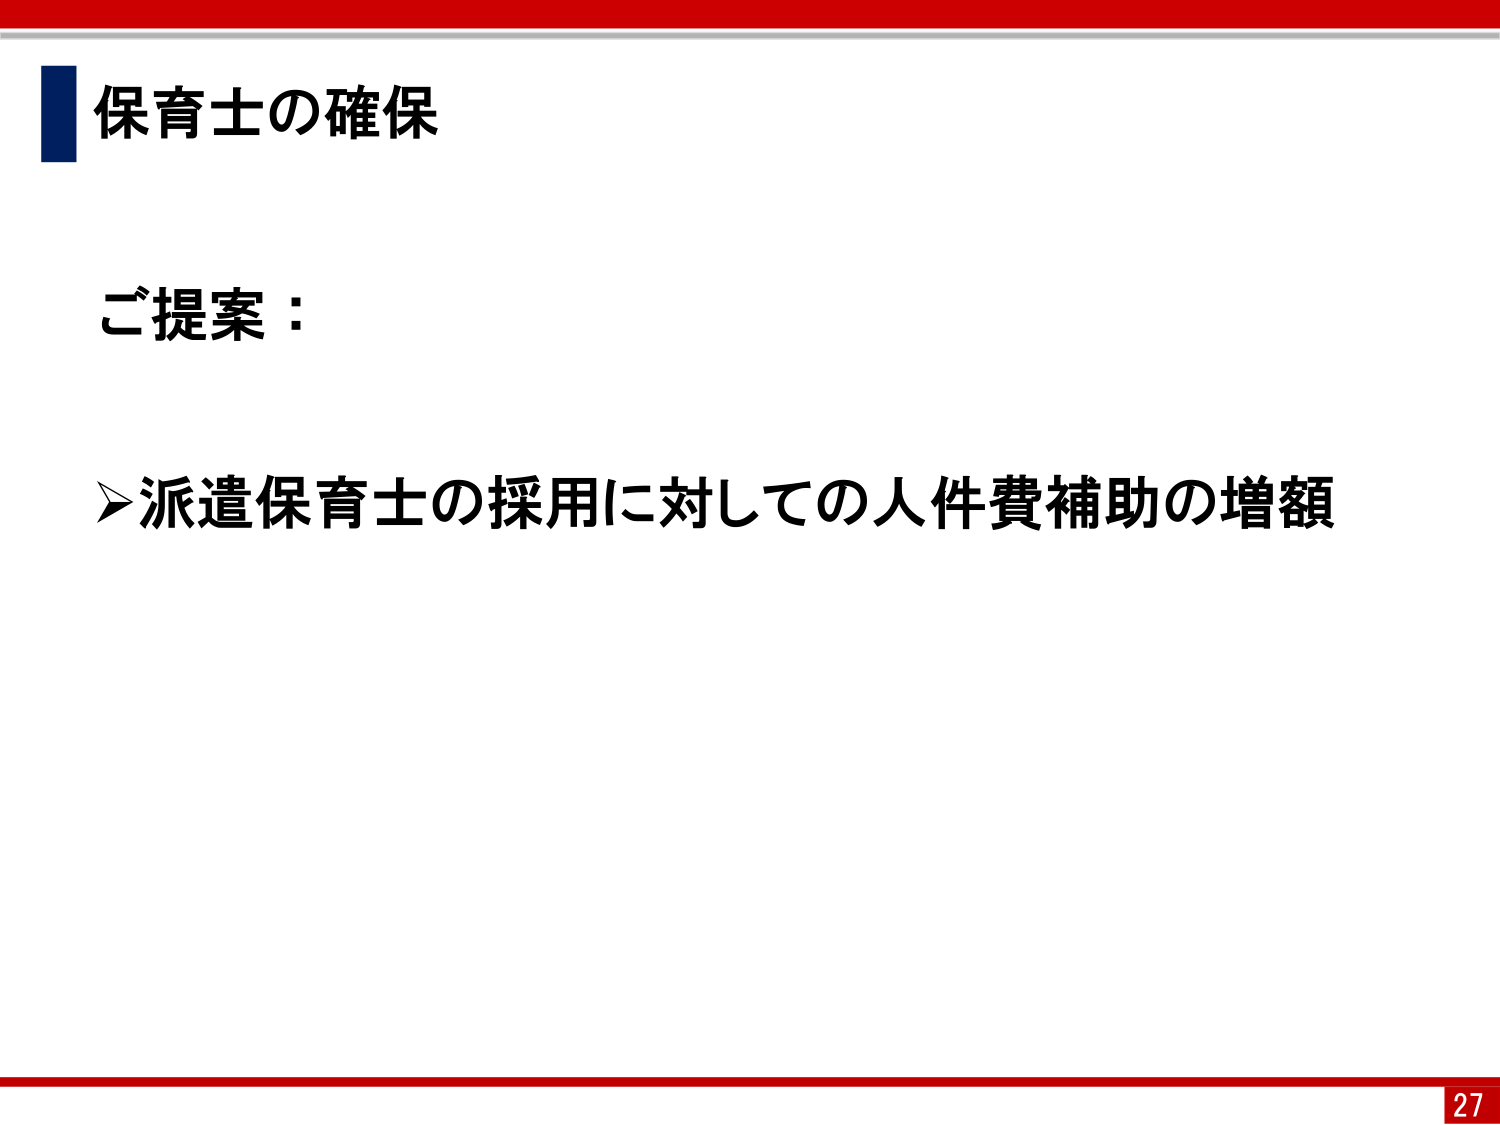
保育士の確保

ご提案：

➢派遣保育士の採用に対しての人件費補助の増額

27